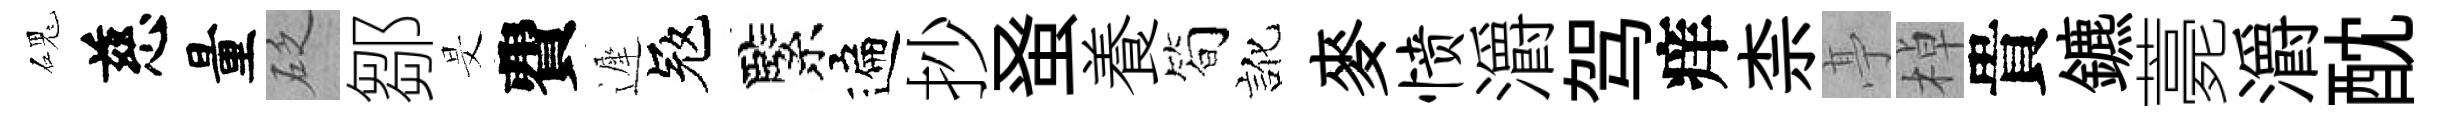
磈慈量砭鄒旻費遲冦緊遍抄𫊫養简訛麥愤灂驾痒柰𠅘棹貴鑣薧灂酖